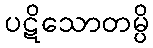
ပဋိသောတမ္ပိ